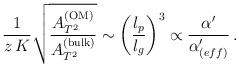
LaTeX: \begin{align*}{1\over z\,K} \sqrt{{A^{\rm (OM)}_{T^2}} \over {A^{\rm (bulk)}_{T^2}}}\sim \left({l_p \over l_g}\right)^3 \propto {\alpha^\prime \over \alpha^\prime_{(eff)}} \, .\end{align*}